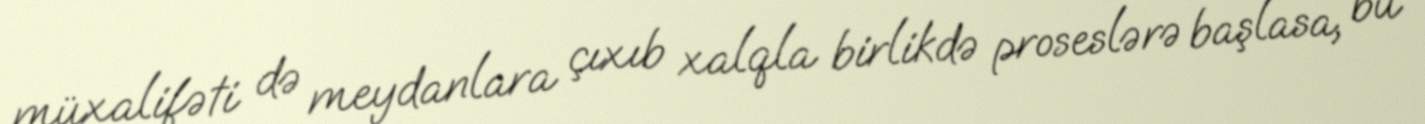
müxalifəti də meydanlara çıxıb xalqla birlikdə proseslərə başlasa, bu